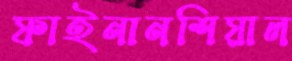
ফাইনানশিয়াল